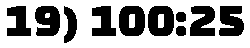
19) 100:25